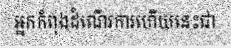
អ្នកកំពុងដំណើរការហើយនេះជា